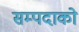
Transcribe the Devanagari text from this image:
सम्पदाको